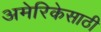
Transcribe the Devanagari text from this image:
अमेरिकेसाठी